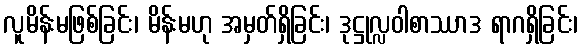
လူမိန်းမဖြစ်ခြင်း၊ မိန်းမဟု အမှတ်ရှိခြင်း၊ ဒုဋ္ဌုလ္လဝါစာဿာဒ ရာဂရှိခြင်း၊